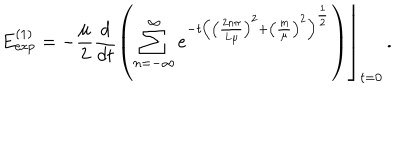
E _ { \exp } ^ { \left( 1 \right) } = \left. - \frac \mu 2 \frac d { d t } \left( \sum _ { n = - \infty } ^ { \infty } e ^ { - t \left( \left( \frac { 2 n \pi } { L \mu } \right) ^ { 2 } + \left( \frac m \mu \right) ^ { 2 } \right) ^ { \frac 1 2 } } \right) \right\rfloor _ { t = 0 } \, .